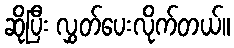
ဆိုပြီး လွှတ်ပေးလိုက်တယ်။